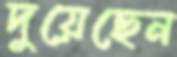
দুয়েছেন